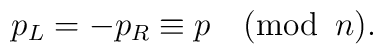
p_L=-p_R\equiv p  \quad (\mbox{mod}\,\,\, n).